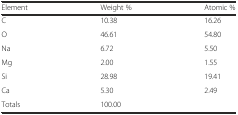
| Element | Weight % | Atomic % |
 | --- | --- | --- |
 | C | 10.38 | 16.26 |
 | O | 46.61 | 54.80 |
 | Na | 6.72 | 5.50 |
 | Mg | 2.00 | 1.55 |
 | Si | 28.98 | 19.41 |
 | Ca | 5.30 | 2.49 |
 | Totals | 100.00 |  |